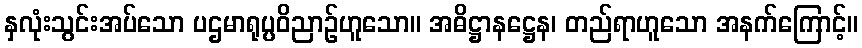
နှလုံးသွင်းအပ်သော ပဌမာရုပ္ပဝိညာဉ်ဟူသော။ အဓိဋ္ဌာနဋ္ဌေန၊ တည်ရာဟူသော အနက်ကြောင့်။